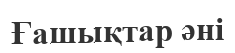
Ғашықтар әні